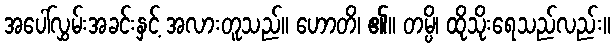
အပေါ်လွှမ်းအခင်းနှင့် အလားတူသည်။ ဟောတိ၊ ၏။ တမ္ပိ၊ ထိုသိုးရေသည်လည်း။